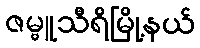
ဇမ္ဗူသီရိမြို့နယ်